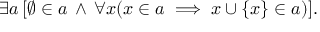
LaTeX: \, \exists a \, [ \emptyset \in a \, \land \, \forall x ( x \in a \implies x \cup \{ x \} \in a ) ] .